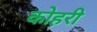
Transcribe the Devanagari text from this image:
कोहरी